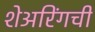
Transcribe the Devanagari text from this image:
शेअरिंगची